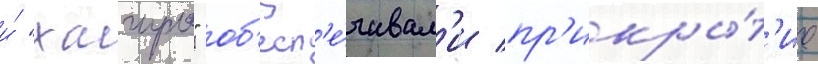
и́ "хагуро" об'есп'е́чивал'и пр'икры́т'ие